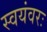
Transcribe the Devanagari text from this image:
स्वयंवरः